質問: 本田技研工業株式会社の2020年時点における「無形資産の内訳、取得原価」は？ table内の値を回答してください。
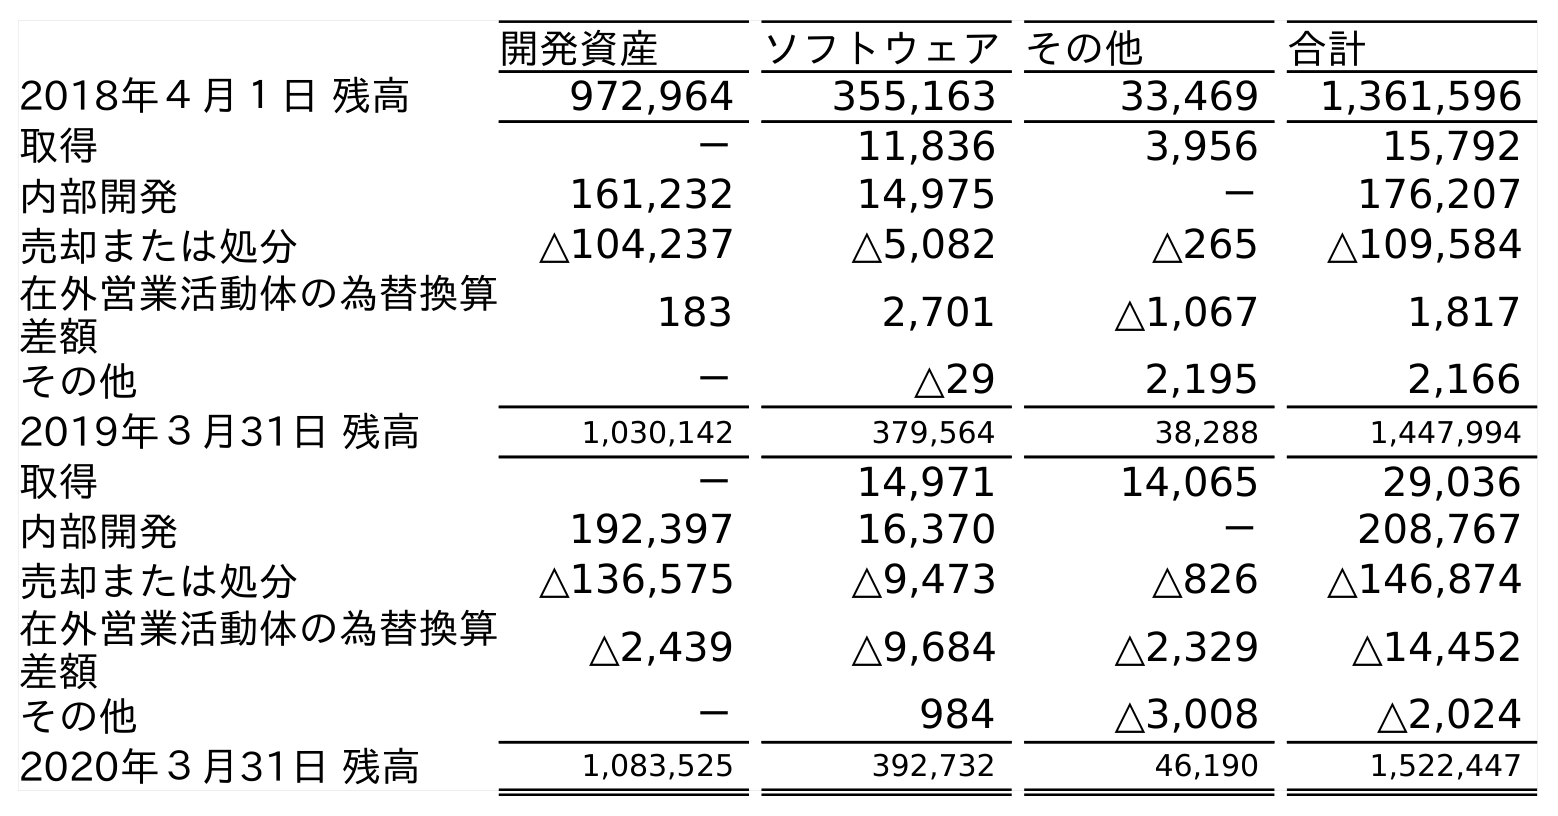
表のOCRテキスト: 開発資産 ソフトウェアその他 合計 2018年４月１日 残高 972,964 355,163 33,469 1,361,596 取得 － 11,836 3,956 15,792 内部開発 161,232 14,975 － 176,207 売却または処分 △104,237 △5,082 △265 △109,584 在外営業活動体の為替換算 差額 183 2,701 △1,067 1,817 その他 － △29 2,195 2,166 2019年３月31日 残高 1,030,142 379,564 38,288 1,447,994 取得 － 14,971 14,065 29,036 内部開発 192,397 16,370 － 208,767 売却または処分 △136,575 △9,473 △826 △146,874 在外営業活動体の為替換算 差額 △2,439 △9,684 △2,329 △14,452 その他 － 984 △3,008 △2,024 2020年３月31日 残高 1,083,525 392,732 46,190 1,522,447
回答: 1,522,447